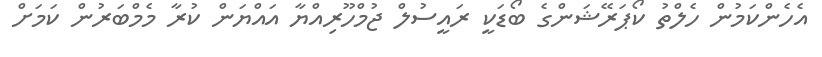
އެހެންކަމުން ހެލްތު ކޯޕަރޭޝަންގެ ބޯޑަކީ ރައީސުލް ޖުމްހޫރިއްޔާ އައްޔަން ކުރާ މެމްބަރުން ކަމަށް